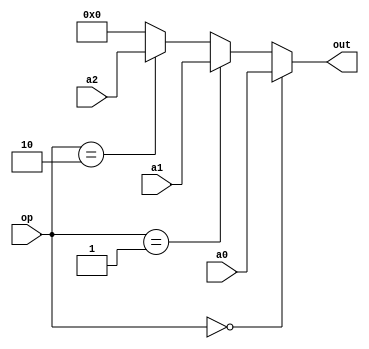
`timescale 1ns / 1ps
//////////////////////////////////////////////////////////////////////////////////
// Company: 
// Engineer: 
// 
// Design Name: 
// Module Name:    MUX 
// Project Name: 
// Target Devices: 
// Tool versions: 
// Description: 
//
// Dependencies: 
//
// Revision: 
// Revision 0.01 - File Created
// Additional Comments: 
//
//////////////////////////////////////////////////////////////////////////////////
module mux3_A3(
    input [4:0] a0,
    input [4:0] a1,
    input [4:0] a2,
    input [1:0] op,
    output [4:0] out
    );
    assign out = (op==2'b00)?a0:
        		(op==2'b01)?a1:
        		(op==2'b10)?a2:5'b0;
endmodule
module mux2_B(
    input [31:0] a0,
    input [31:0] a1,
    input op,
    output [31:0] out
    );
    assign out = (op==1'b0)?a0:a1;
endmodule
module mux4_WD3(
    input [31:0] a0,
    input [31:0] a1,
    input [31:0] a2,
    input [31:0] a3,
    input [1:0] op,
    output [31:0] out
    );
    assign out = (op==2'b00)?a0:
        		(op==2'b01)?a1:
        (op==2'b10)?a2:a3;
endmodule